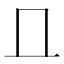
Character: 𠀃